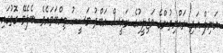
އަނިލް އަދި ރައްޔިތުންގެ މަޖިލީހުގެ ރައީސް އަބްދު މަސީހު ތިއްބަވައެވެ. ބެލެވޭ ގޮތުގައި